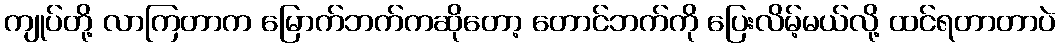
ကျုပ်တို့ လာကြတာက မြောက်ဘက်ကဆိုတော့ တောင်ဘက်ကို ပြေးလိမ့်မယ်လို့ ထင်ရတာတာပဲ